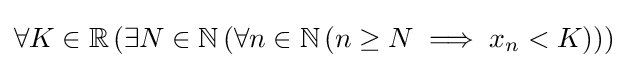
\forall K\in \mathbb {R} \left(\exists N\in \mathbb {N} \left(\forall n\in \mathbb {N} \left(n\geq N\implies x_{n}<K\right)\right)\right)